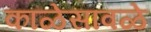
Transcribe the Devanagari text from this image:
काळेसावळे